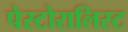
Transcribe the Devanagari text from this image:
पेस्टोरालिस्ट